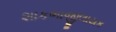
શાકભાજીલાયક